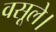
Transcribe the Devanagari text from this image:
वसूले।